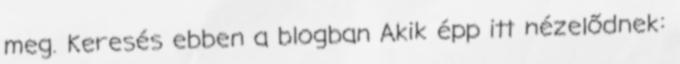
meg. Keresés ebben a blogban Akik épp itt nézelődnek: